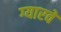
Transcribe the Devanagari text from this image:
ग्‍यारवें